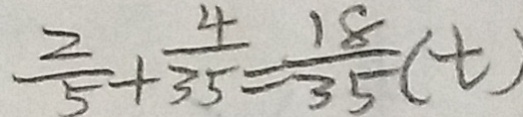
\frac { 2 } { 5 } + \frac { 4 } { 3 5 } = \frac { 1 8 } { 3 5 } ( t )